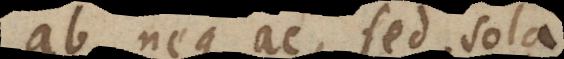
que ac, sed sola